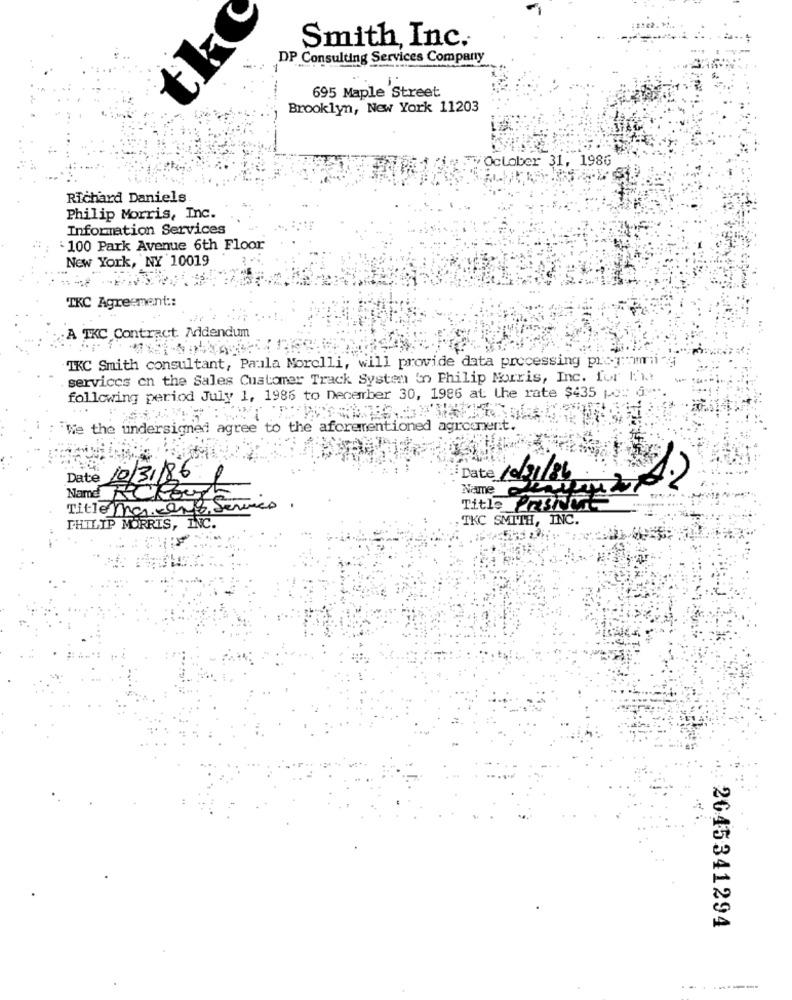
tk
Smith, Inc.
DP Consulting Services Company
695 Maple Street
Brooklyn, New York 11203
October 31, 1986
Richard Daniels
Philip Morris, Inc.
Information Services
100 Park Avenue 6th Floor
New York, NY 10019
TKC Agreement ::
A TKC Contract. Addendum
IKC Smith consultant, Paula Morelli, will provide data processing programmi -
services on the Sales Customer Track System 'n Philip Morris, Inc. for I'm!
following period July 1, 1986 to December 30, 1986 at the rate $435 po: 0
We the undersigned agree to the aforementioned agrcoment.
Date 10/3/861
Name
Title mar Kens, Ser
Name RCPour series
Title Presset
, TKC SMITH, INC.
PHILIP MORRIS, INC.
2045341294